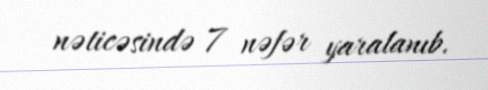
nəticəsində 7 nəfər yaralanıb.